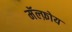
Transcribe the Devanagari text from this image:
मॅल्फ़ोय